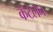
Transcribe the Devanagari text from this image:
कॅटेलॅन